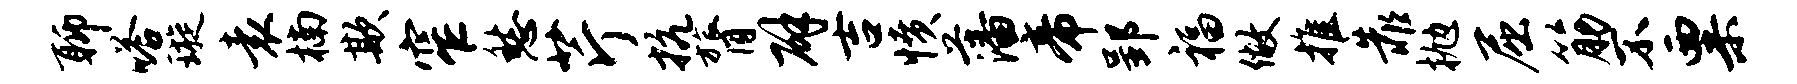
聊嗒璇袁楠欺窄愁芹抗膂辟吉愤藩帝郢福做推靠抛屈筋不粟